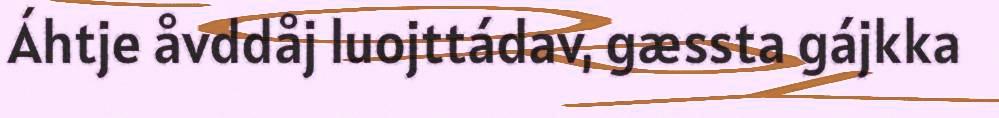
Áhtje åvddåj luojttádav, gæssta gájkka